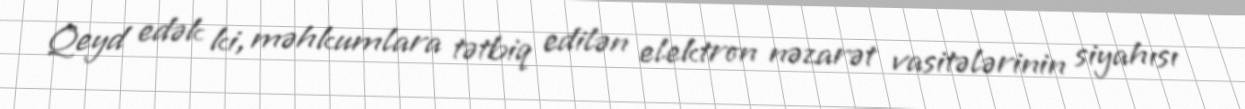
Qeyd edək ki, məhkumlara tətbiq edilən elektron nəzarət vasitələrinin siyahısı